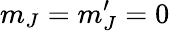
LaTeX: m_{J}=m_{J}^{\prime}=0